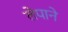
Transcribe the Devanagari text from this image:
लेपाने